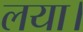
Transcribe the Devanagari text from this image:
लया।